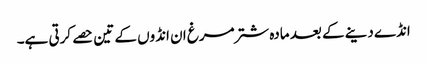
انڈے دینے کے بعد مادہ شترمرغ ان انڈوں کے تین حصے کرتی ہے۔